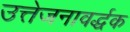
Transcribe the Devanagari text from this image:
उत्तेजनावर्द्धक